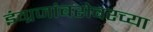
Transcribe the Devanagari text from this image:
इंग्रजांबरोबरच्या